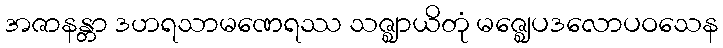
အဇာနန္တာ ဒဟရသာမဏေရဿ သဇ္ဈာယိတုံ မဇ္ဈေပဒလောပဝသေန